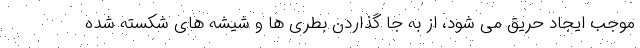
موجب ایجاد حریق می شود، از به جا گذاردن بطری ها و شیشه های شکسته شده